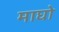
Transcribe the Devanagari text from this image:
माघो